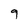
Character: 9